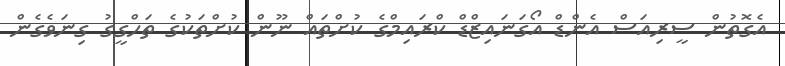
އެގޮތުން ސީރިއަސް އެންޑް އޯގަނައިޒްޑް ކްރައިމްގެ ކުށްތައް ނޫން ކުށްތަކުގެ ތަހްގީގު ގިނަވެގެން